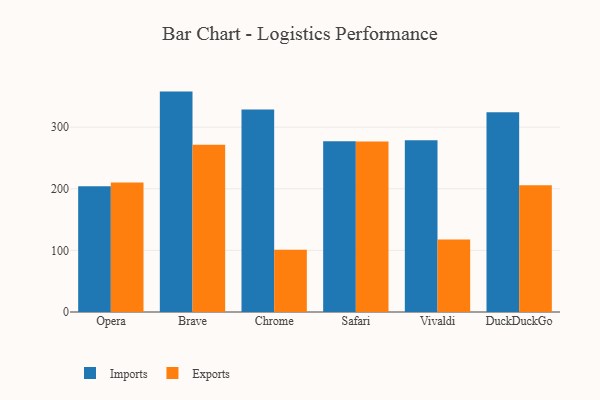
{"axis": {"x": "Browser", "y": "Churn Rate (%)"}, "legend": ["Exports", "Imports"], "data": [{"x": "Opera", "y": 204.3, "type": "Imports"}, {"x": "Opera", "y": 210.3, "type": "Exports"}, {"x": "Brave", "y": 357.8, "type": "Imports"}, {"x": "Brave", "y": 271.6, "type": "Exports"}, {"x": "Chrome", "y": 328.8, "type": "Imports"}, {"x": "Chrome", "y": 100.9, "type": "Exports"}, {"x": "Safari", "y": 277.0, "type": "Imports"}, {"x": "Safari", "y": 276.7, "type": "Exports"}, {"x": "Vivaldi", "y": 278.7, "type": "Imports"}, {"x": "Vivaldi", "y": 117.5, "type": "Exports"}, {"x": "DuckDuckGo", "y": 324.2, "type": "Imports"}, {"x": "DuckDuckGo", "y": 205.9, "type": "Exports"}]}